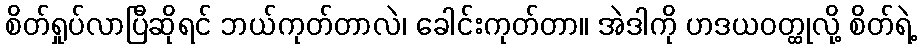
စိတ်ရှုပ်လာပြီဆိုရင် ဘယ်ကုတ်တာလဲ၊ ခေါင်းကုတ်တာ။ အဲဒါကို ဟဒယဝတ္ထုလို့ စိတ်ရဲ့